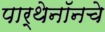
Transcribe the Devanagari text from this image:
पार्थेनॉनचे